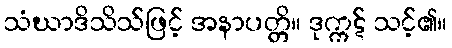
သံဃာဒိသိသ်ဖြင့် အနာပတ္တိ။ ဒုက္ကဋ် သင့်၏။